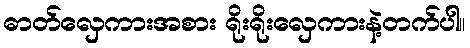
ဓာတ်လှေကားအစား ရိုးရိုးလှေကားနဲ့တက်ပါ။